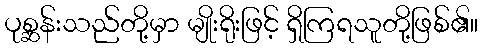
ပုစ္ဆန်းသည်တို့မှာ မျိုးရိုးဖြင့် ရှိကြရသူတို့ဖြစ်၏။